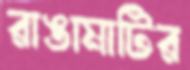
রাঙামাটির